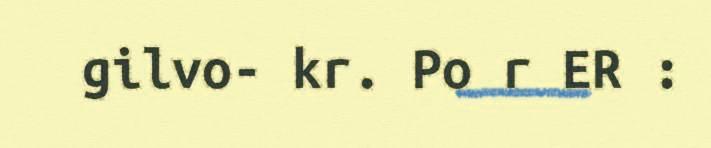
gilvo- kr. Po r ER :